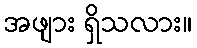
အဖျား ရှိသလား။